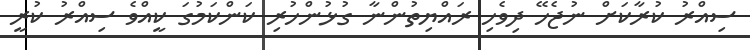
ސިއްރު ކުރާކަށް ނުޖެހޭ ދިވެހި ރައްޔިތުންނާ ގުޅުންހުރި ކަންކަމުގަ ކީއްވެ ސިއްރު ކުރީ